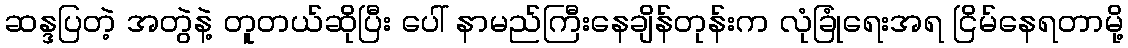
ဆန္ဒပြတဲ့ အတွဲနဲ့ တူတယ်ဆိုပြီး ပေါ် နာမည်ကြီးနေချိန်တုန်းက လုံခြုံရေးအရ ငြိမ်နေရတာမို့